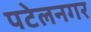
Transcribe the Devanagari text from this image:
पटेलनगर